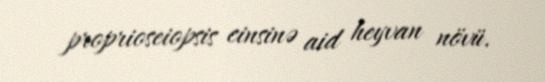
proprioseiopsis cinsinə aid heyvan növü.